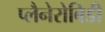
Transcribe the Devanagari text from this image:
प्लैनेरोबिडी